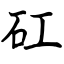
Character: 矼